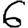
Digit: 6